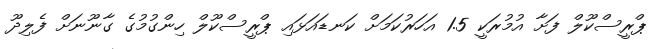
ޕްރީސްކޫލް ފަށާ އުމުރަކީ 1.5 އަހަރުކަމަށް ކަނޑައަޅައި ޕްރީސްކޫލް ހިންގުމުގެ ގާނޫނަށް ފެލިދޫ